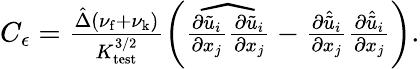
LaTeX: \begin{array}{r}{C_{\epsilon}=\frac{\hat{\Delta}(\nu_{\mathrm{f}}+\nu_{\mathrm{k}})}{K_{\mathrm{test}}^{3/2}}\left(\widehat{\frac{\partial\tilde{u}_{i}}{\partial x_{j}}\frac{\partial\tilde{u}_{i}}{\partial x_{j}}}-\frac{\partial\hat{\tilde{u}}_{i}}{\partial x_{j}}\frac{\partial\hat{\tilde{u}}_{i}}{\partial x_{j}}\right).}\end{array}